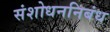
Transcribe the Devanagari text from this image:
संशोधननिबंध